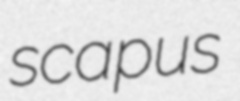
scapus